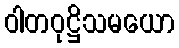
ဝါတဝုဋ္ဌိသမယော